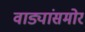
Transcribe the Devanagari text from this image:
वाड्यांसमोर